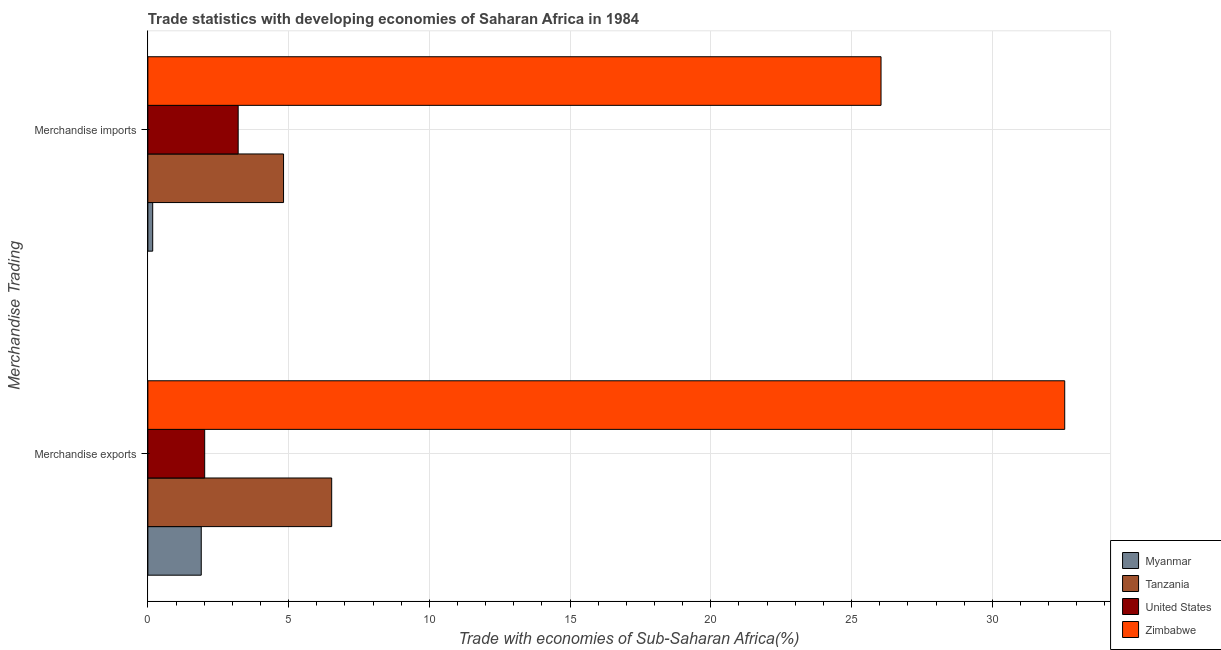
| Merchandise Trading | Myanmar | Tanzania | United States | Zimbabwe |
 | --- | --- | --- | --- | --- |
 | Merchandise exports | 1.9 | 6.53 | 2.02 | 32.6 |
 | Merchandise imports | 0.172 | 4.82 | 3.21 | 26 |